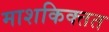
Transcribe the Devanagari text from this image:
माशकिक्तत